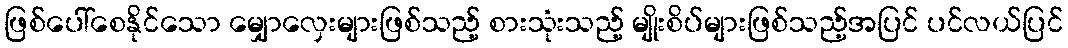
ဖြစ်ပေါ်စေနိုင်သော မျှောလှေးများဖြစ်သည့် စားသုံးသည့် မျိုးစိပ်များဖြစ်သည့်အပြင် ပင်လယ်ပြင်